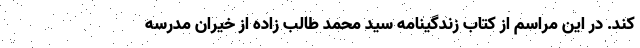
کند. در این‌ مراسم از کتاب زندگینامه سید محمد طالب زاده از خیران مدرسه